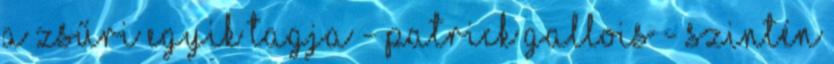
a zsűri egyik tagja - Patrick Gallois - szintén